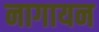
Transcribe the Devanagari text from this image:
नागायन